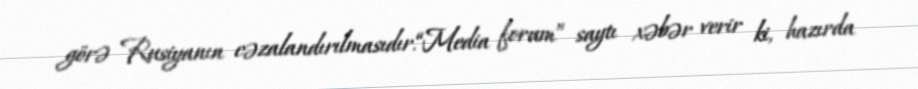
görə Rusiyanın cəzalandırılmasıdır.“Media forum” saytı xəbər verir ki, hazırda